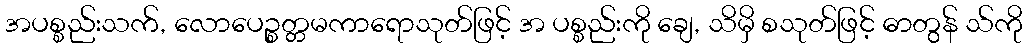
အပစ္စည်းသက်, လောပေဉ္စတ္တမကာရောသုတ်ဖြင့် အ ပစ္စည်းကို ချေ, သိမှိ စသုတ်ဖြင့် ဓာတွန် သ်ကို